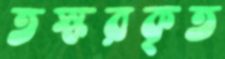
তস্করকৃত